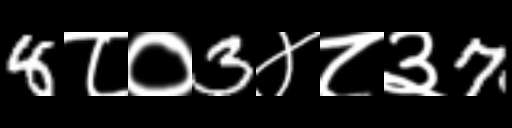
Text: 8८०3४८३7